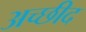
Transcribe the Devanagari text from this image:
अच्छीद